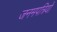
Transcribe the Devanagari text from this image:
जनमपत्रियों